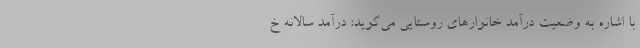
با اشاره به وضعیت درآمد خانوارهای روستایی می‌گوید: درآمد سالانه خ